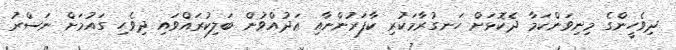
ދިވެހީންގެ މިނިވަންކަމާ ދެކޮޅަށް ހަނގުރާމަކުރި ކާފަރުންނާއި ޢަދުއްވުން ބަލިކުރައްވައި ދިވެހި ގައުމަށް ނަސްރު